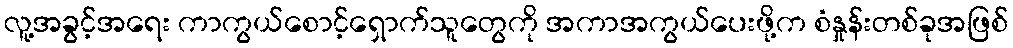
လူ့အခွင့်အရေး ကာကွယ်စောင့်ရှောက်သူတွေကို အကာအကွယ်ပေးဖို့က စံနှုန်းတစ်ခုအဖြစ်